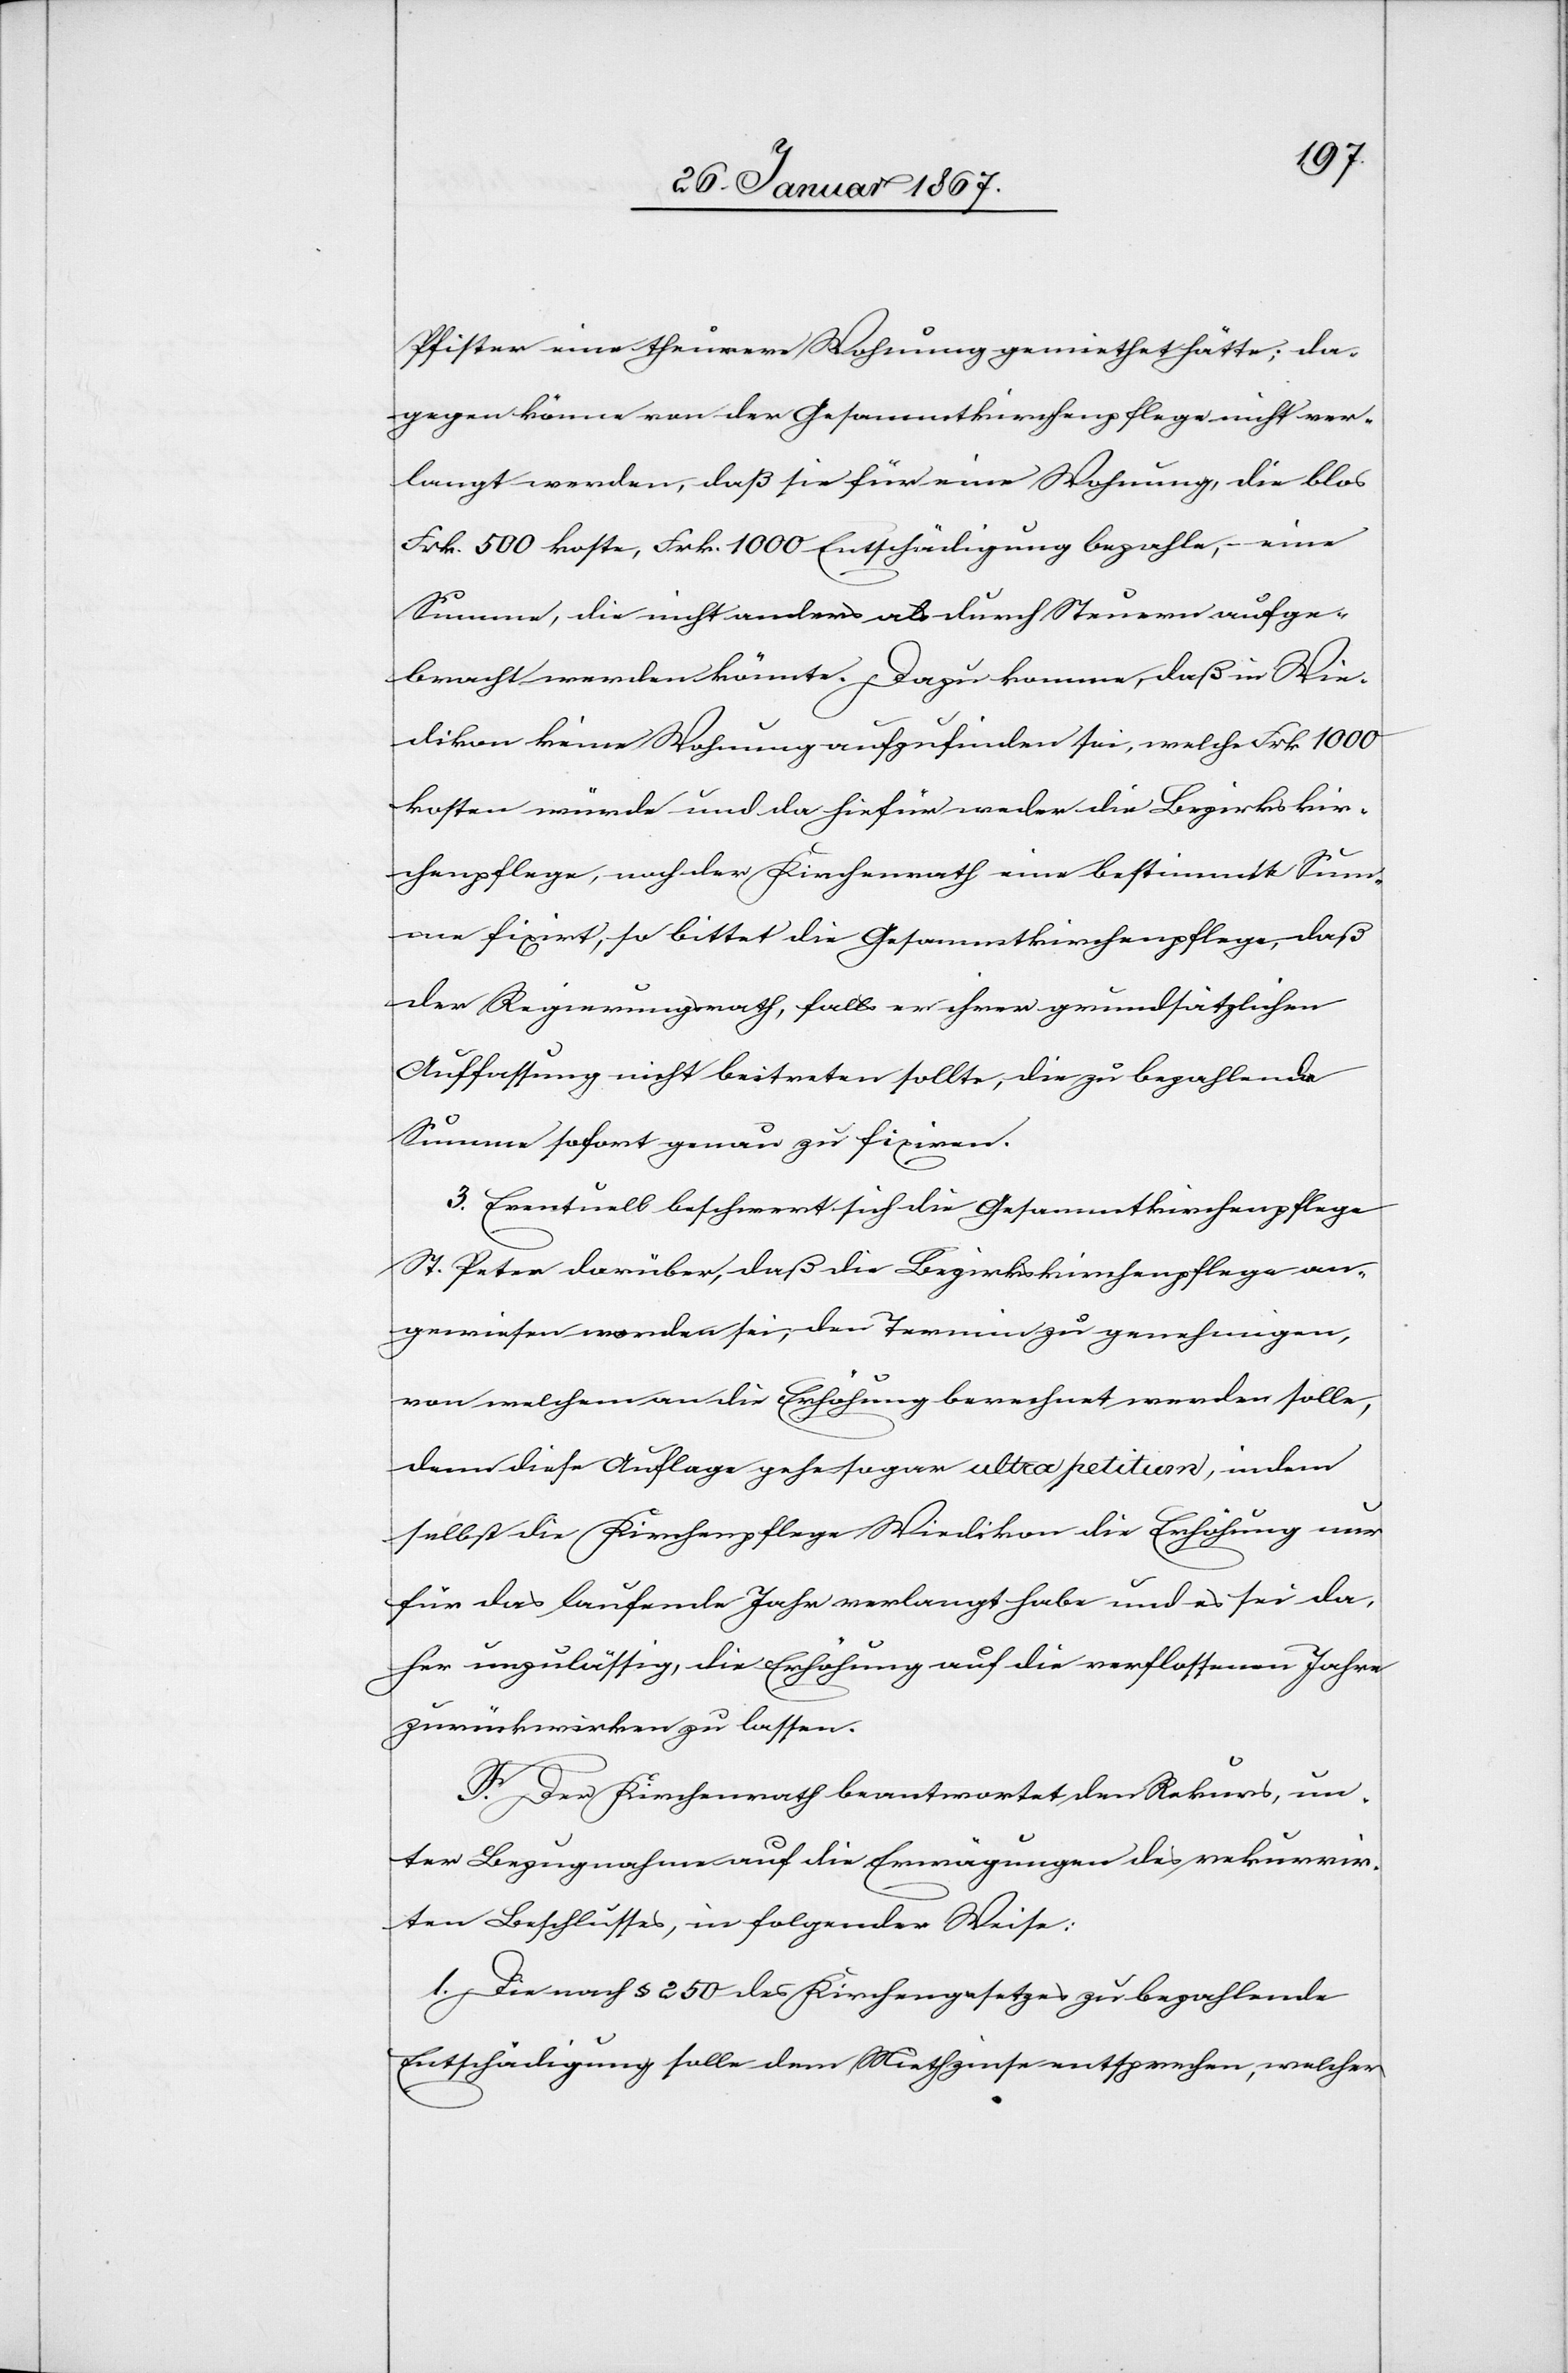
Pfister eine theurere Wohnung gemiethet hätte; da¬
gegen könne von der Gesammtkirchenpflege nicht ver¬
langt werden, daß sie für eine Wohnung, die blos
Frk. 500 koste, Frk. 1000 Entschädigung bezahle, eine
Summe, die nicht anders als durch Steuern aufge¬
bracht werden könnte. Dazu komme, daß in Wie¬
dikon keine Wohnung aufzufinden sei, welche Frk. 1000
kosten würde und da hiefür weder die Bezirkskir¬
chenpflege, noch der Kirchenrath eine bestimmte Sum¬
me fixiert, so bittet die Gesammtkirchenpflege, daß
der Regierungsrath, falls er ihrer grundsätzlichen
Auffassung nicht beitreten sollte, die zu bezahlende
Summe sofort genau zu fixieren.
3. Eventuell beschwert sich die Gesammtkirchenpflege
St. Peter darüber, daß die Bezirkskirchenpflege an¬
gewiesen worden sei, den Termin zu genehmigen,
von welchem an die Erhöhung berechnet werden solle,
denn diese Auflage gehe sogar ultra petitum, indem
selbst die Kirchenpflege Wiedikon die Erhöhung nur
für das laufende Jahr verlangt habe und es sei da¬
her unzulässig, die Erhöhung auf die verflossenen Jahre
zurückwirken zu lassen.
F. Der Kirchenrath beantwortet den Rekurs, un¬
ter Bezugnahme auf die Erwägungen des rekurrir¬
ten Beschlusses, in folgender Weise:
1. Die nach § 250 des Kirchengesetzes zu bezahlende
Entschädigung solle dem Miethzinse entsprechen, welcher